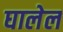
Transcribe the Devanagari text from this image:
घालेल